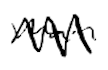
Text: main
Cross-out: zig-zag
Writing tool: digital_black